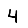
Digit: 4